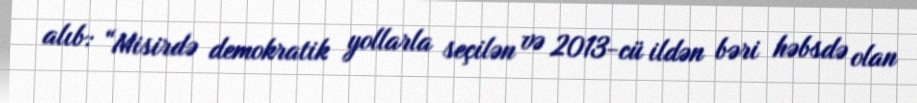
alıb: “Misirdə demokratik yollarla seçilən və 2013-cü ildən bəri həbsdə olan